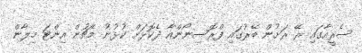
ސެރީއާގައި ރޭ ރަށުން ބޭރުގައި ފްރޮސިނޯންއާ ދެކޮޅަށް ކުޅުނު މެޗުން އިންޓަ މިލާން